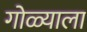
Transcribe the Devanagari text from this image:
गोळ्याला